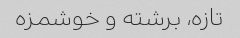
تازه، برشته و خوشمزه